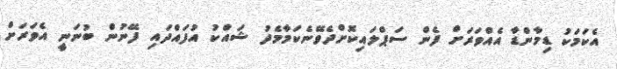
އެކަމަކު ޑިމާންޑާ އެއްވަރަށް ފެން ސަޕްލައިކޮށްދެވޭނެކަމާމެދު ޝައްކު އުފައްދައި ފޭނުން ބުނަނީ އެވަރަށް